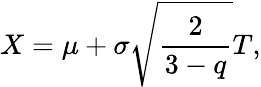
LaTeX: X=\mu+\sigma\sqrt{\frac{2}{3-q}}T,